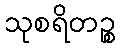
သုစရိတဉ္စ